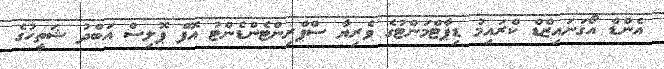
އެންޑް އޯގަނައިޒްޑް ކްރައިމު ޑިޕާޓްމަންޓުގެ ވެރިޔާ ސްޕްރިންޓެންޑެންޓު އޮފް ޕޮލިސް އަބްދު ޝަތީހުގެ